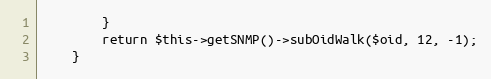
Language: PHP
        }
        return $this->getSNMP()->subOidWalk($oid, 12, -1);
    }